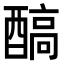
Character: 𨢓